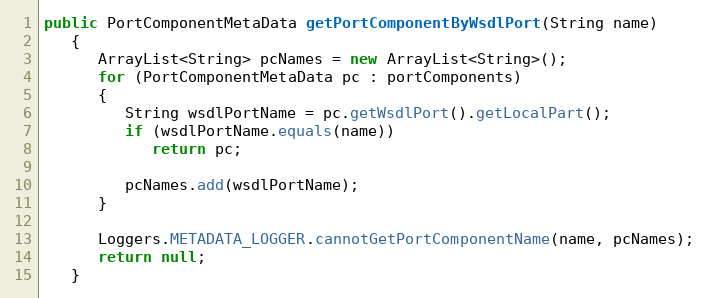
Language: Java
public PortComponentMetaData getPortComponentByWsdlPort(String name)
   {
      ArrayList<String> pcNames = new ArrayList<String>();
      for (PortComponentMetaData pc : portComponents)
      {
         String wsdlPortName = pc.getWsdlPort().getLocalPart();
         if (wsdlPortName.equals(name))
            return pc;

         pcNames.add(wsdlPortName);
      }

      Loggers.METADATA_LOGGER.cannotGetPortComponentName(name, pcNames);
      return null;
   }